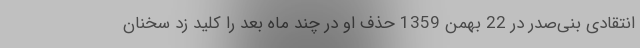
انتقادی بنی‌صدر در 22 بهمن 1359 حذف او در چند ماه بعد را کلید زد سخنان